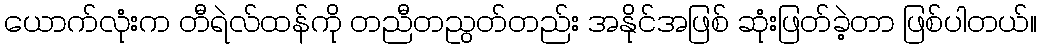
ယောက်လုံးက တီရဲလ်ထန်ကို တညီတညွတ်တည်း အနိုင်အဖြစ် ဆုံးဖြတ်ခဲ့တာ ဖြစ်ပါတယ်။